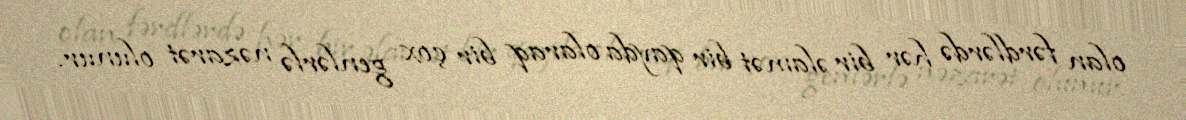
olan fərdlərdə hər bir əlamət bir qayda olaraq bir çox genlərlə nəzarət olunur.